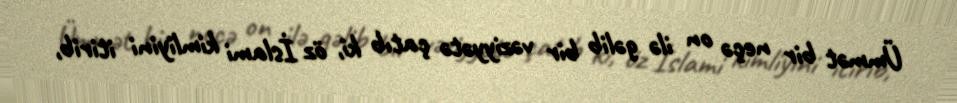
Ümmət bir neçə on ilə gəlib bir vəziyyətə çatıb ki, öz İslami kimliyini itirib,